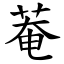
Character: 菴